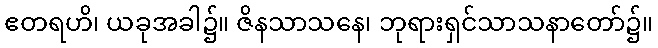
ဧတရဟိ၊ ယခုအခါ၌။ ဇိနသာသနေ၊ ဘုရားရှင်သာသနာတော်၌။